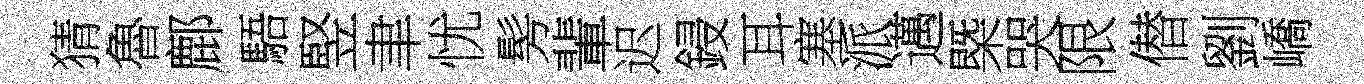
猜魯鄜䮏竪聿忧髣輩迟鋟耳塞派邁槩哭限僣劉嶠